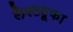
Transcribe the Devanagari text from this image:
लैक्ट्यूका